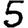
Digit: 5